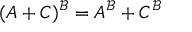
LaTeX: ( A + C ) ^ { \mathcal { B } } = A ^ { \mathcal { B } } + C ^ { \mathcal { B } }